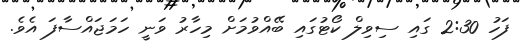
ފަހު 2:30 ގައި ސިވިލް ކޯޓުގައި ބޭއްވުމަށް މިހާރު ވަނީ ހަމަޖައްސާފަ އެވެ.